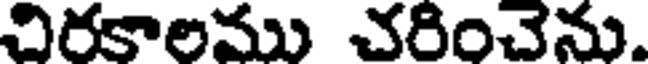
విరకాలము చరించెను.